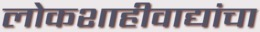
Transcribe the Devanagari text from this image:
लोकशाहीवाद्यांचा